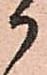
御